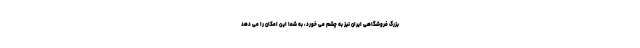
بزرگ فروشگاهی ایران نیز به چشم می خورد، به شما این امکان را می دهد